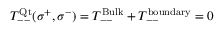
T _ { -- } ^ { \mathrm { Q t } } ( \sigma ^ { + } , \sigma ^ { - } ) = T _ { -- } ^ { \mathrm { B u l k } } + T _ { -- } ^ { \mathrm { b o u n d a r y } } = 0